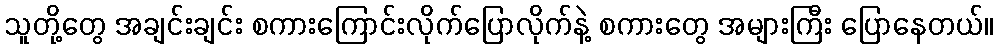
သူတို့တွေ အချင်းချင်း စကားကြောင်းလိုက်ပြောလိုက်နဲ့ စကားတွေ အများကြီး ပြောနေတယ်။